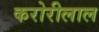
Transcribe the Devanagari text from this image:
करोरीलाल